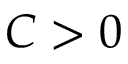
C > 0